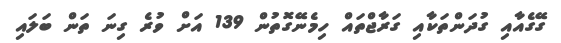
ގޭގެއާއި ގުދަންތަކާއި ގަރާޖްތައް ހިމެނޭގޮތުން 139 އަށް ވުރެ ގިނަ ތަން ބަލައި